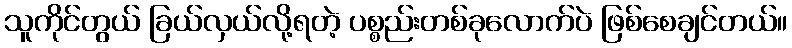
သူကိုင်တွယ် ခြယ်လှယ်လို့ရတဲ့ ပစ္စည်းတစ်ခုလောက်ပဲ ဖြစ်စေချင်တယ်။